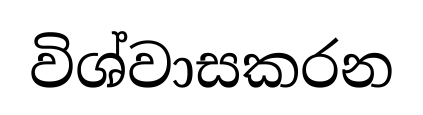
විශ්වාසකරන